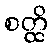
စတ္ထိ